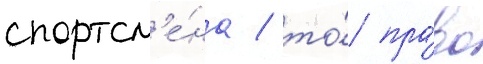
спортсм'е́на / то́ пра́во